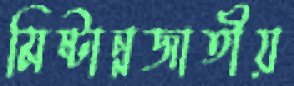
মিষ্টান্নজাতীয়